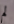
لم